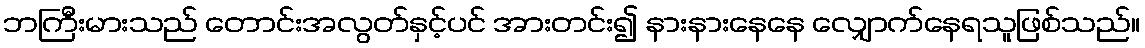
ဘကြီးမားသည် တောင်းအလွတ်နှင့်ပင် အားတင်း၍ နားနားနေနေ လျှောက်နေရသူဖြစ်သည်။